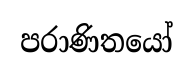
පරාණිතයෝ